Report of the Municipal Commissioner on the plague in Bombay for the year ending 31st May... - Volume 2
Disease focus: Plague
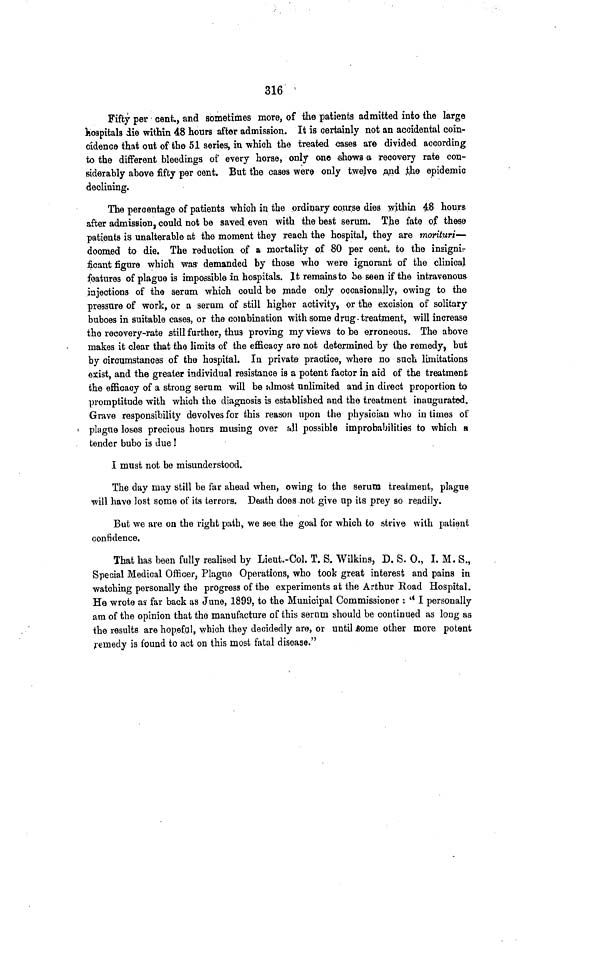
316
Fifty per cent., and sometimes more, of the patients admitted into the large
hospitals die within 48 hours after admission. It is certainly not an accidental coin-
cidence that out of the 51 series, in which the treated cases are divided according
to the different bleedings of every horse, only one shows -a recovery rate con-
siderably above fifty per cent. But the cases were only twelve .and .the epidemic
declining.
The percentage of patients which in the .ordinary cour.se dies within 48 hours
after admission, could not be saved even with the best serum. T]be fate of these
patients is unalterable at the moment they reach the hospital, they are morituri—
doomed to die. The reduction of a mortality of 80 per cent, to the insignia
ficaut figure which was demanded by those who were ignorant of the clinical
features of plague is impossible in hospitals. It remains to be seen if the intravenous
injections of the serum which could be made only occasionally, owing to the
pressure of work, or a serarn of still higher activity, or the excision of solitary
buboes in suitable cases, or the combination with some drug, treatment, will increase
the recovery-rate still further, thus proving my views to be erroneous. The above
makes it clear that the limits of the efficacy are not determined by the remedy, but
by circumstances of the hospital. In private practice, where no such limitations
exist, and the greater individual resistance is a potent factor in aid of the treatment
the efficacy of a strong serum will be almost unlimited and .in direct proportion to
promptitude with which the diagnosis is established and the treatment inaugurated.
Grave responsibility devolves for this reason upon the physician who in times of
« plague loses precious hours musing over ail possible improbabilities to which a
tender bubo is due 1
I must not be misunderstood.
The day may still be far ahead when, owing to the serum treatment, plague
will have lost some of its terrors. Death does not give up its prey so readily.
But we are on the right path, we see the goal for which to strive with patient
confidence.
That has been fully realised by Lieut.-Col. T. S, Wilkins, D. S. 0., I. M. S.,
Special Medical Officer, Plague Operations, who took great interest and pains in
watching personally the progress of the experiments at the Arthur Road Hospital.
He wrote as far back as June, 1899, to the Municipal Commissioner : '* I personally
am of the opinion that the manufacture of this sernm should be continued as long as
the results are hopefnl, which they decidedly are, or until 6ome other more potent
remedy is found to act on this most fatal disease."